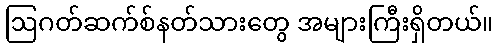
ဩဂတ်ဆက်စ်နတ်သားတွေ အများကြီးရှိတယ်။